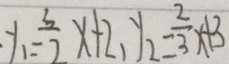
y _ { 1 } = \frac { 3 } { 2 } x + 2 , y _ { 2 } = \frac { 2 } { 3 } x + 3